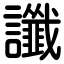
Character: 讖